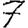
Digit: 7